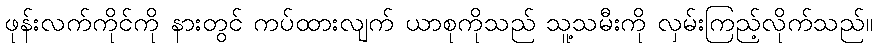
ဖုန်းလက်ကိုင်ကို နားတွင် ကပ်ထားလျက် ယာစုကိုသည် သူ့သမီးကို လှမ်းကြည့်လိုက်သည်။